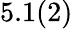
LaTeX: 5.1(2)